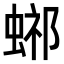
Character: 𧌴